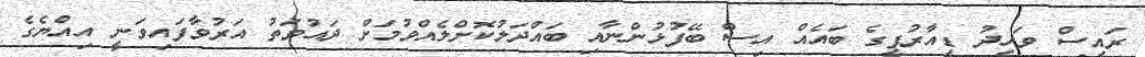
ރައީސް ވަހީދު ޑީއާރުޕީގެ ބައެއް އިސް ބޭފުޅުންނާއި ބައްދަލުކޮށްލެއްވުމަށް ދައުވަތު އަރުވާފައިވަނީ އިއްޔެގެ